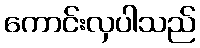
ကောင်းလှပါသည်